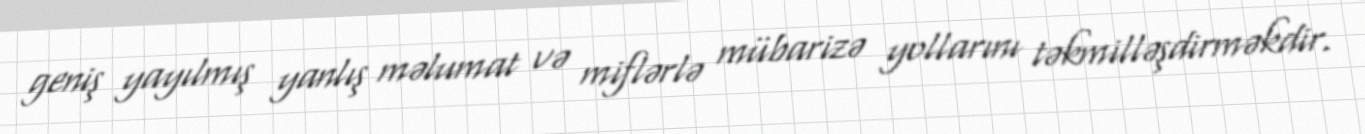
geniş yayılmış yanlış məlumat və miflərlə mübarizə yollarını təkmilləşdirməkdir.